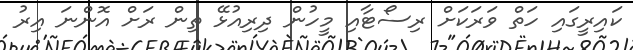
ކައިރީގައި ހަތް ވަރަކަށް ރިސޯޓާއި މީހުން ދިރިއުޅޭ ތިން ރަށް އޮންނަ އިރު